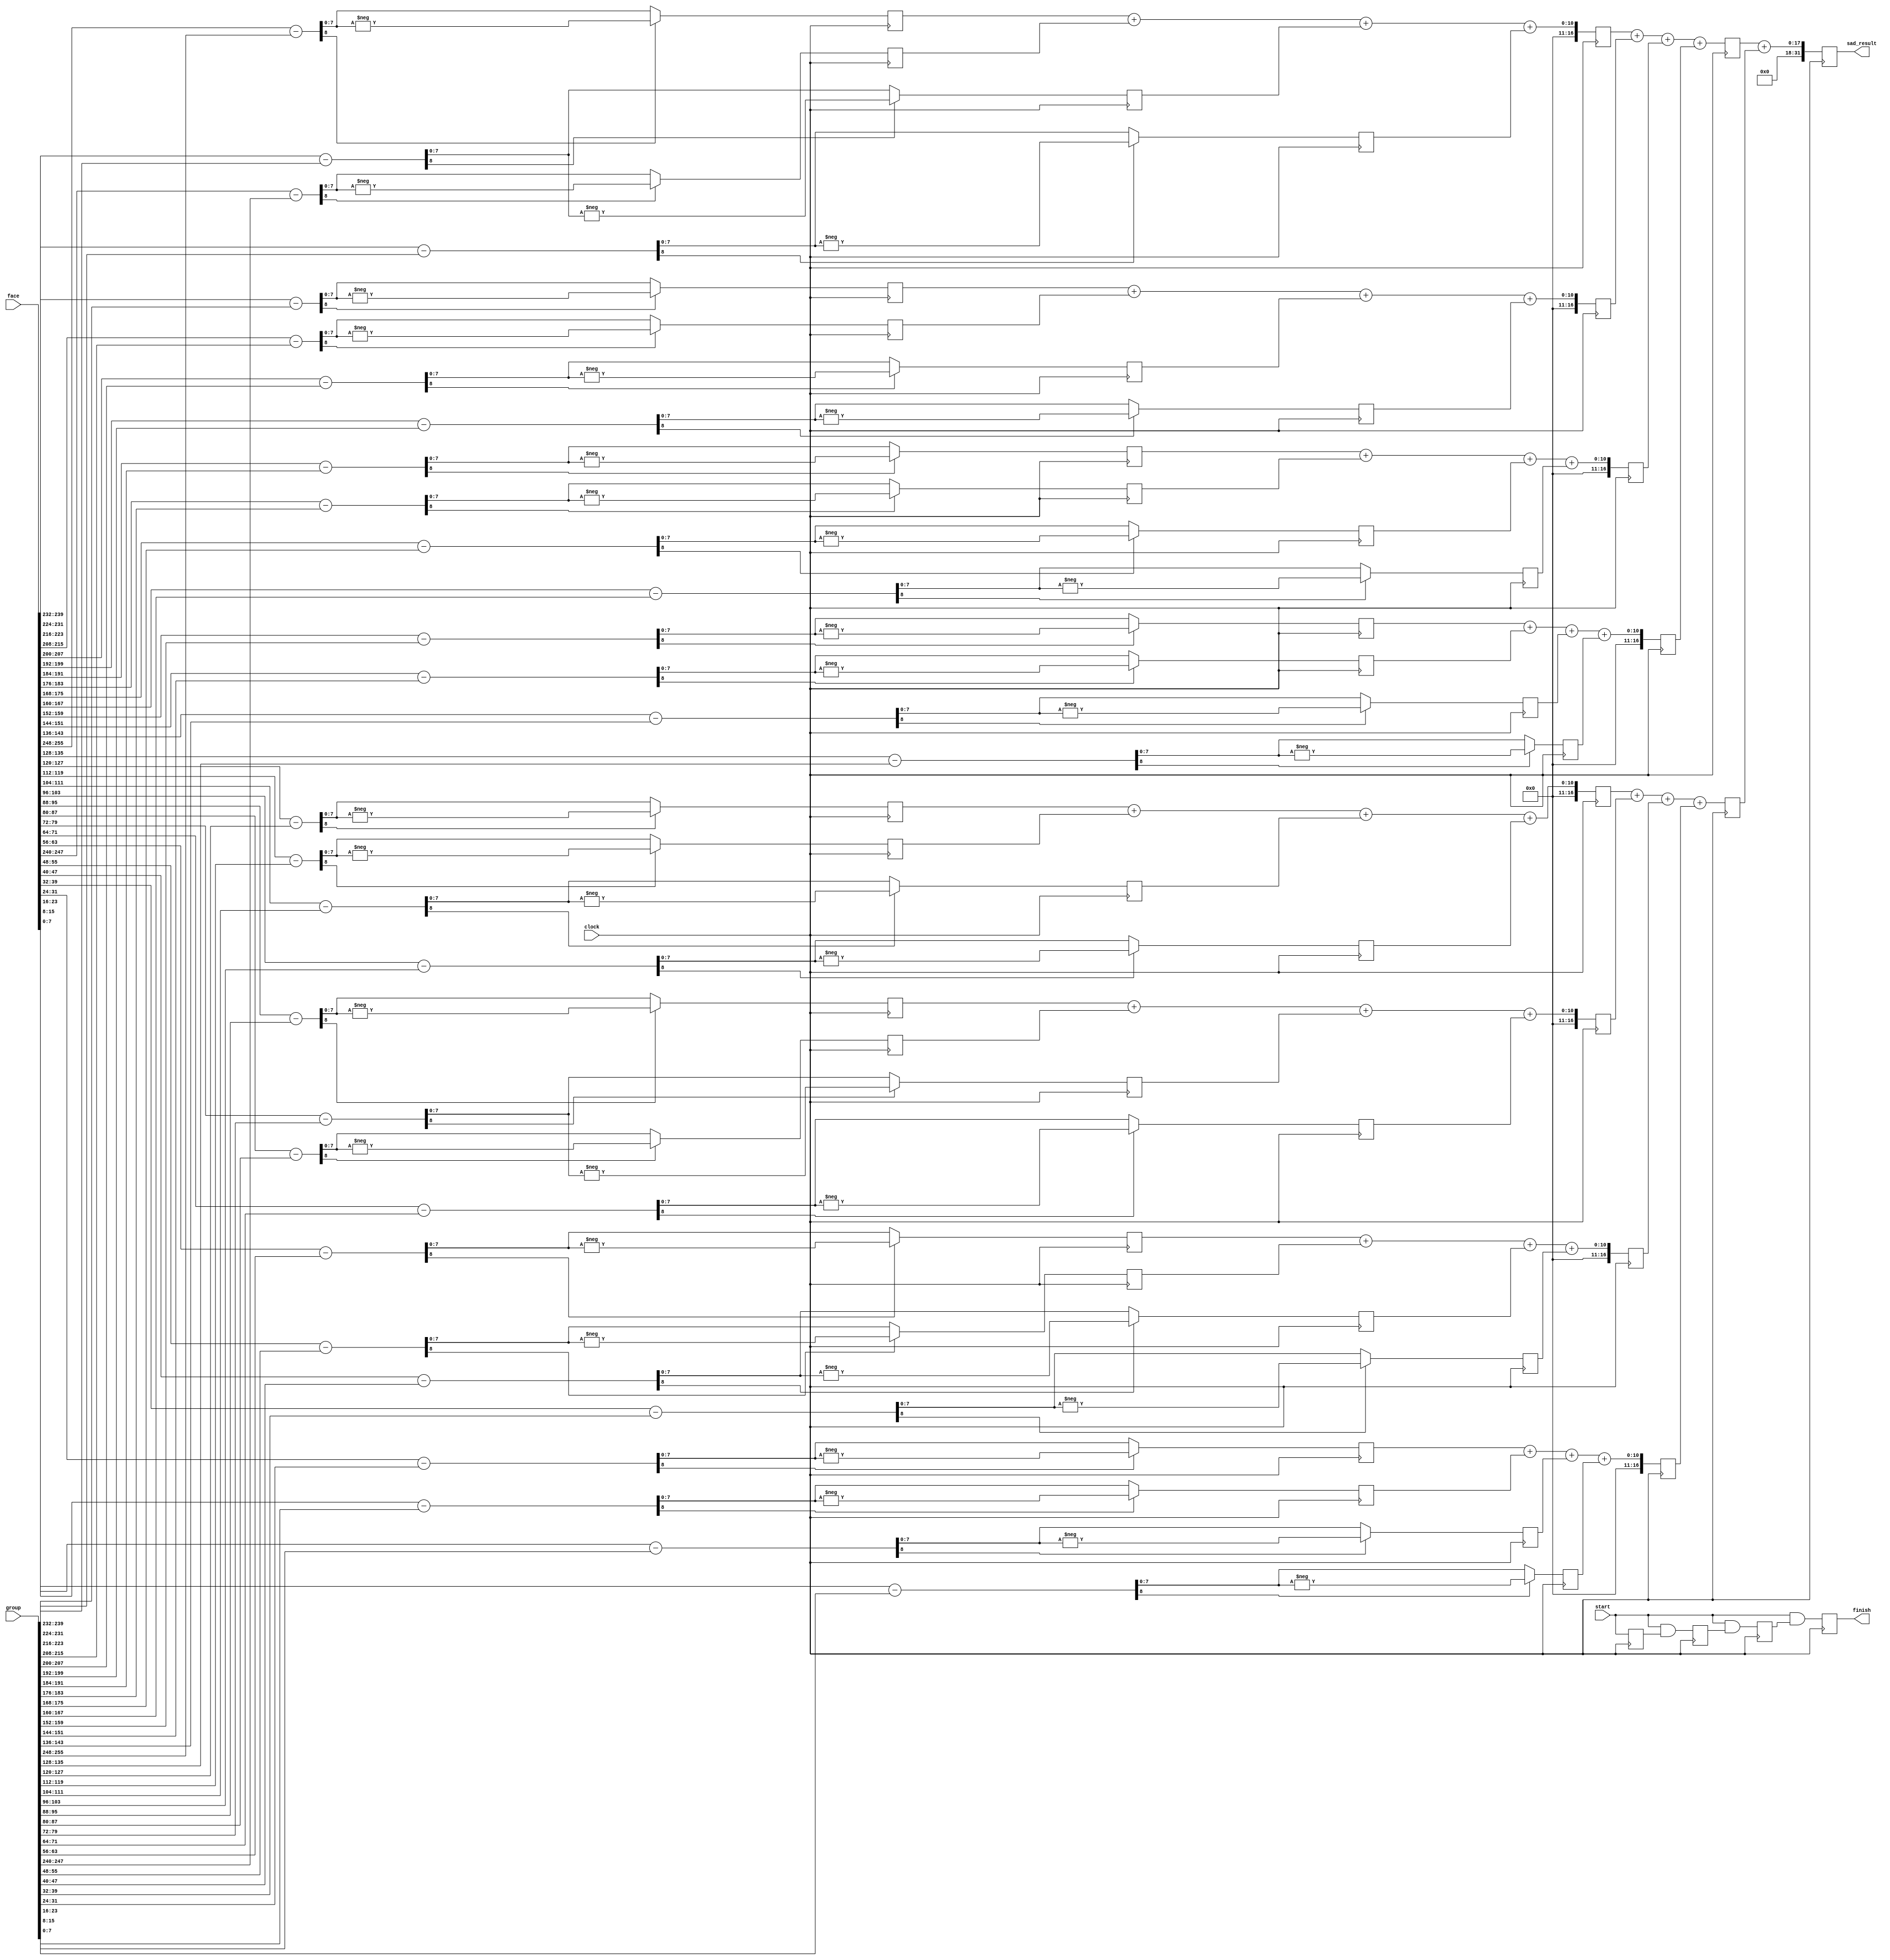
module sad(
    input clock,
    input [0:32*8-1] face,
    input [0:32*8-1] group,
    output reg [31:0] sad_result,
    input start,
    output finish
    );

wire[7:0] facePix[0:31];
wire[7:0] groupPix[0:31];
generate
    genvar i;
    for (i = 0; i < 32; i = i + 1) begin
        assign facePix[i] = face[i*8 +: 8];
        assign groupPix[i] = group[i*8 +: 8];
    end
endgenerate

integer j;
reg [8:0] diff [0:32-1];
reg [7:0] ad [0:32-1];
reg [16:0] sum1 [0:8-1];
reg [16:0] sum2 [0:2-1];
reg finishStage[0:4];
always @(posedge clock) begin
    for (j = 0; j < 32; j = j + 1) begin : stage1
        diff[j] = {1'b0, facePix[j]} - {1'b0, groupPix[j]};
        ad[j] <= diff[j][8] ? -diff[j] : diff[j]; // ad[j] = abs(diff[j])
    end : stage1
    finishStage[1] <= start;
    
    for (j = 0; j < 8; j = j + 1) begin : stage2
        sum1[j] <= ad[j*4] + ad[j*4+1] + ad[j*4+2] + ad[j*4+3];
    end : stage2
    finishStage[2] <= start & finishStage[1];

    for (j = 0; j < 2; j = j + 1) begin : stage3
        sum2[j] <= sum1[j*4] + sum1[j*4+1] + sum1[j*4+2] + sum1[j*4+3];
    end : stage3
    finishStage[3] <= start & finishStage[2];
    
    sad_result <= sum2[0] + sum2[1];
    finishStage[4] <= start & finishStage[3];
end
assign finish = finishStage[4];

endmodule